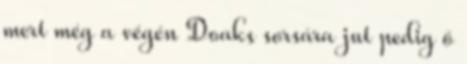
mert még a végén Doaks sorsára jut pedig ő